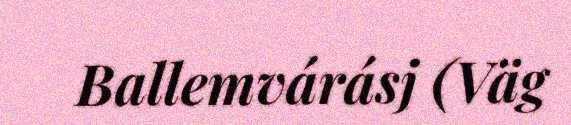
Ballemvárásj (Väg